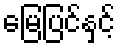
မြေပြင်နှင့်